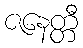
ဇနေတ္တီ